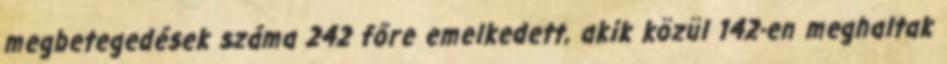
megbetegedések száma 242 főre emelkedett, akik közül 142-en meghaltak